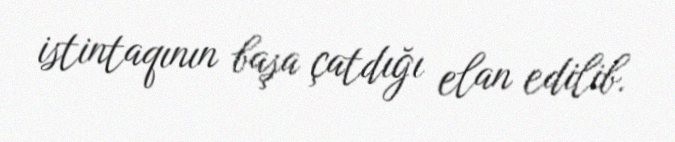
istintaqının başa çatdığı elan edilib.